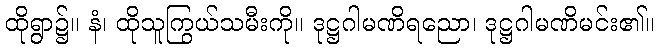
ထိုရွာ၌။ နံ၊ ထိုသူကြွယ်သမီးကို။ ဒုဋ္ဌဂါမဏိရညော၊ ဒုဋ္ဌဂါမဏိမင်း၏။